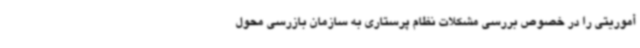
أموریتی را در خصوص بررسی مشکلات نظام پرستاری به سازمان بازرسی محول